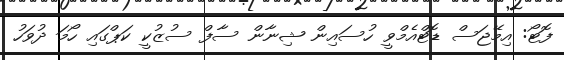
ފޮޓޯ: އިމޭޖަސް ޑޮޓްއެމްވީ ހުސައިން ޝިނާން ސާފް ސުޒުކީ ކަޕްގައި ހޯމަ ދުވަހު